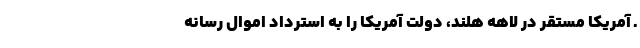
ـ آمریکا مستقر در لاهه هلند، دولت آمریکا را به استرداد اموال رسانه